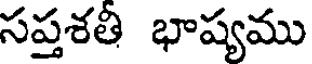
సప్తశతి భాష్యము